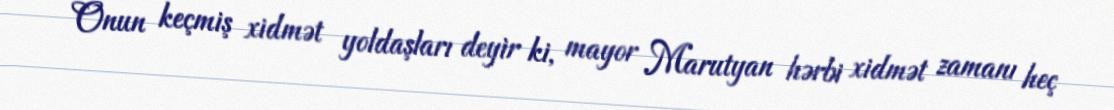
Onun keçmiş xidmət yoldaşları deyir ki, mayor Marutyan hərbi xidmət zamanı heç